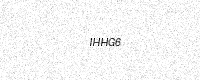
Text: IHHG6